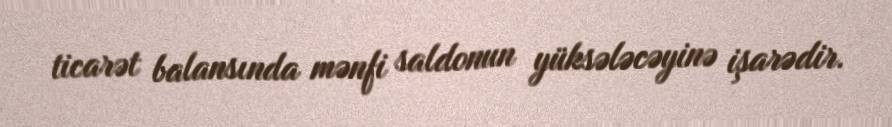
ticarət balansında mənfi saldonun yüksələcəyinə işarədir.